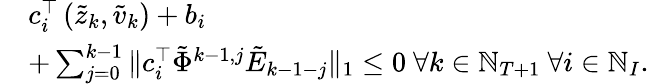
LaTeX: \begin{array}{rl}&{c_{i}^{\top}\left(\tilde{z}_{k},\tilde{v}_{k}\right)+b_{i}}\\ &{+\sum_{j=0}^{k-1}\| c_{i}^{\top}\tilde{\Phi}^{k-1,j}\tilde{E}_{k-1-j}\| _{1}\le 0~\forall k\in\mathbb{N}_{T+1}~\forall i\in\mathbb{N}_{I}.}\end{array}